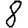
Digit: 8